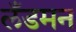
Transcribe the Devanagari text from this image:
लँडमन